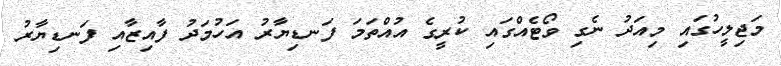
މަޖިލީހުގައި މިއަދު ނެގި ވޯޓެއްގައި ކުރީގެ އުއްތަމަ ފަނޑިޔާރު އަހުމަދު ފާއިޒާއި ފަނޑިޔާރު